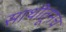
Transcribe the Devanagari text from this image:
साथीतूनच